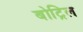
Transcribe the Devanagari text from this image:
बोट्रिल